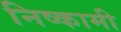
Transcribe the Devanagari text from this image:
निष्कामी